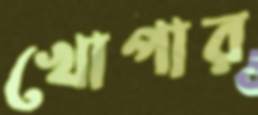
খোপার